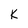
Character: k